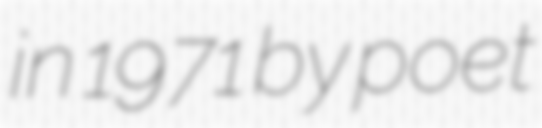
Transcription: in 1971 by poet